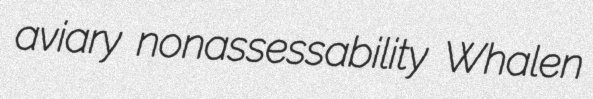
aviary nonassessability Whalen